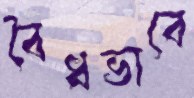
বৈধভাবে